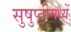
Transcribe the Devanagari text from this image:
सुषुप्तीमध्यें